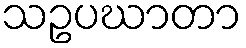
သဥပဃာတာ